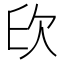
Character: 𣢔